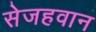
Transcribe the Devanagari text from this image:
सेजहवान